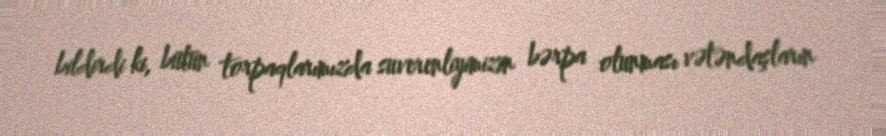
bildirdi ki, bütün torpaqlarımızda suverenliyimizin bərpa olunması vətəndaşların